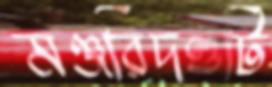
মঞ্জরিদণ্ডটি